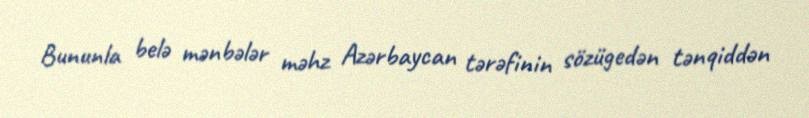
Bununla belə mənbələr məhz Azərbaycan tərəfinin sözügedən tənqiddən